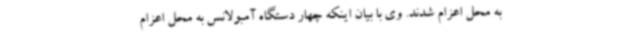
به محل اعزام شدند. وی با بیان اینکه چهار دستگاه آمبولانس به محل اعزام